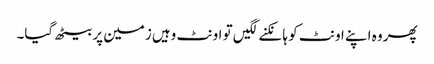
پھر وہ اپنے اونٹ کو ہانکنے لگیں تو اونٹ وہیں زمین پر بیٹھ گیا۔